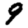
Digit: 9